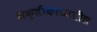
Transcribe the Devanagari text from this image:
भक्तीकाळातील